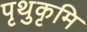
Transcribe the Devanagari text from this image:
पृथुकृमि